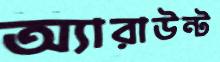
অ্যারাউন্ট